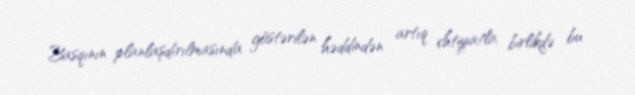
Basqının planlaşdırılmasında göstərilən həddindən artıq ehtiyatla birlikdə bu